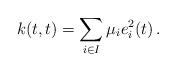
LaTeX: \begin{align*} k(t,t) = \sum_{i\in I} \mu_i e_i^2(t)\, . \end{align*}